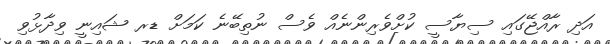
އަދި ރާއްޖޭގައި ސިޔާސީ ކުށްވެރިންނެއް ވެސް ނުތިބޭނެ ކަމަށް ޑރ ޝައިނީ ވިދާޅުވި